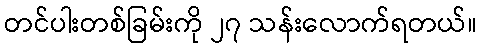
တင်ပါးတစ်ခြမ်းကို ၂၇ သန်းလောက်ရတယ်။